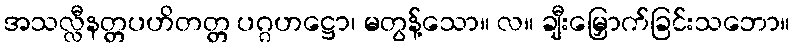
အသလ္လီနတ္တပဟိတတ္တ ပဂ္ဂဟဋ္ဌော၊ မတွန့်သော။ လ။ ချီးမြှောက်ခြင်းသဘော။